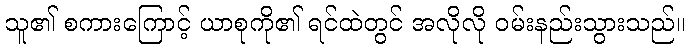
သူ၏ စကားကြောင့် ယာစုကို၏ ရင်ထဲတွင် အလိုလို ဝမ်းနည်းသွားသည်။